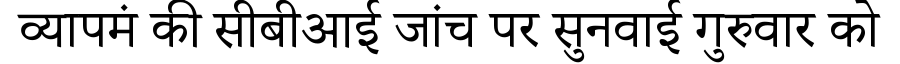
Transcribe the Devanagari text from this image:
व्यापमं की सीबीआई जांच पर सुनवाई गुरुवार को